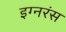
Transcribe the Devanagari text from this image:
इग्नरंस